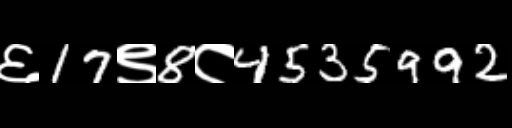
Text: ६17९8८4535992